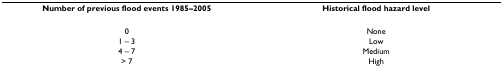
<table><thead><tr><td><b>Number of previous flood events 1985–2005</b></td><td><b>Historical flood hazard level</b></td></tr></thead><tbody><tr><td>0</td><td>None</td></tr><tr><td>1 – 3</td><td>Low</td></tr><tr><td>4 – 7</td><td>Medium</td></tr><tr><td>&gt; 7</td><td>High</td></tr></tbody></table>